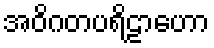
အဝိဂတပရိဠာဟော